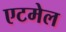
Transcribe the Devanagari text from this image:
एटमेल